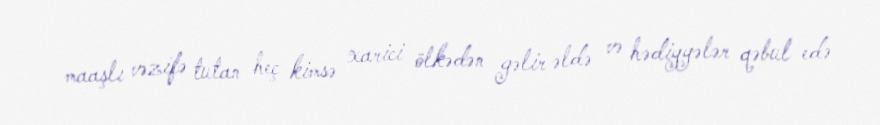
maaşlı vəzifə tutan heç kimsə xarici ölkədən gəlir əldə və hədiyyələr qəbul edə